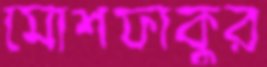
মোশফাকুর